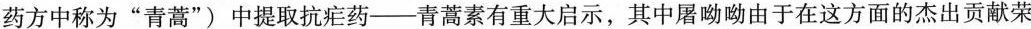
药方中称为“青蒿”)中提取抗疟药——青蒿素有重大启示，其中屠呦呦由于在这方面的杰出贡献荣